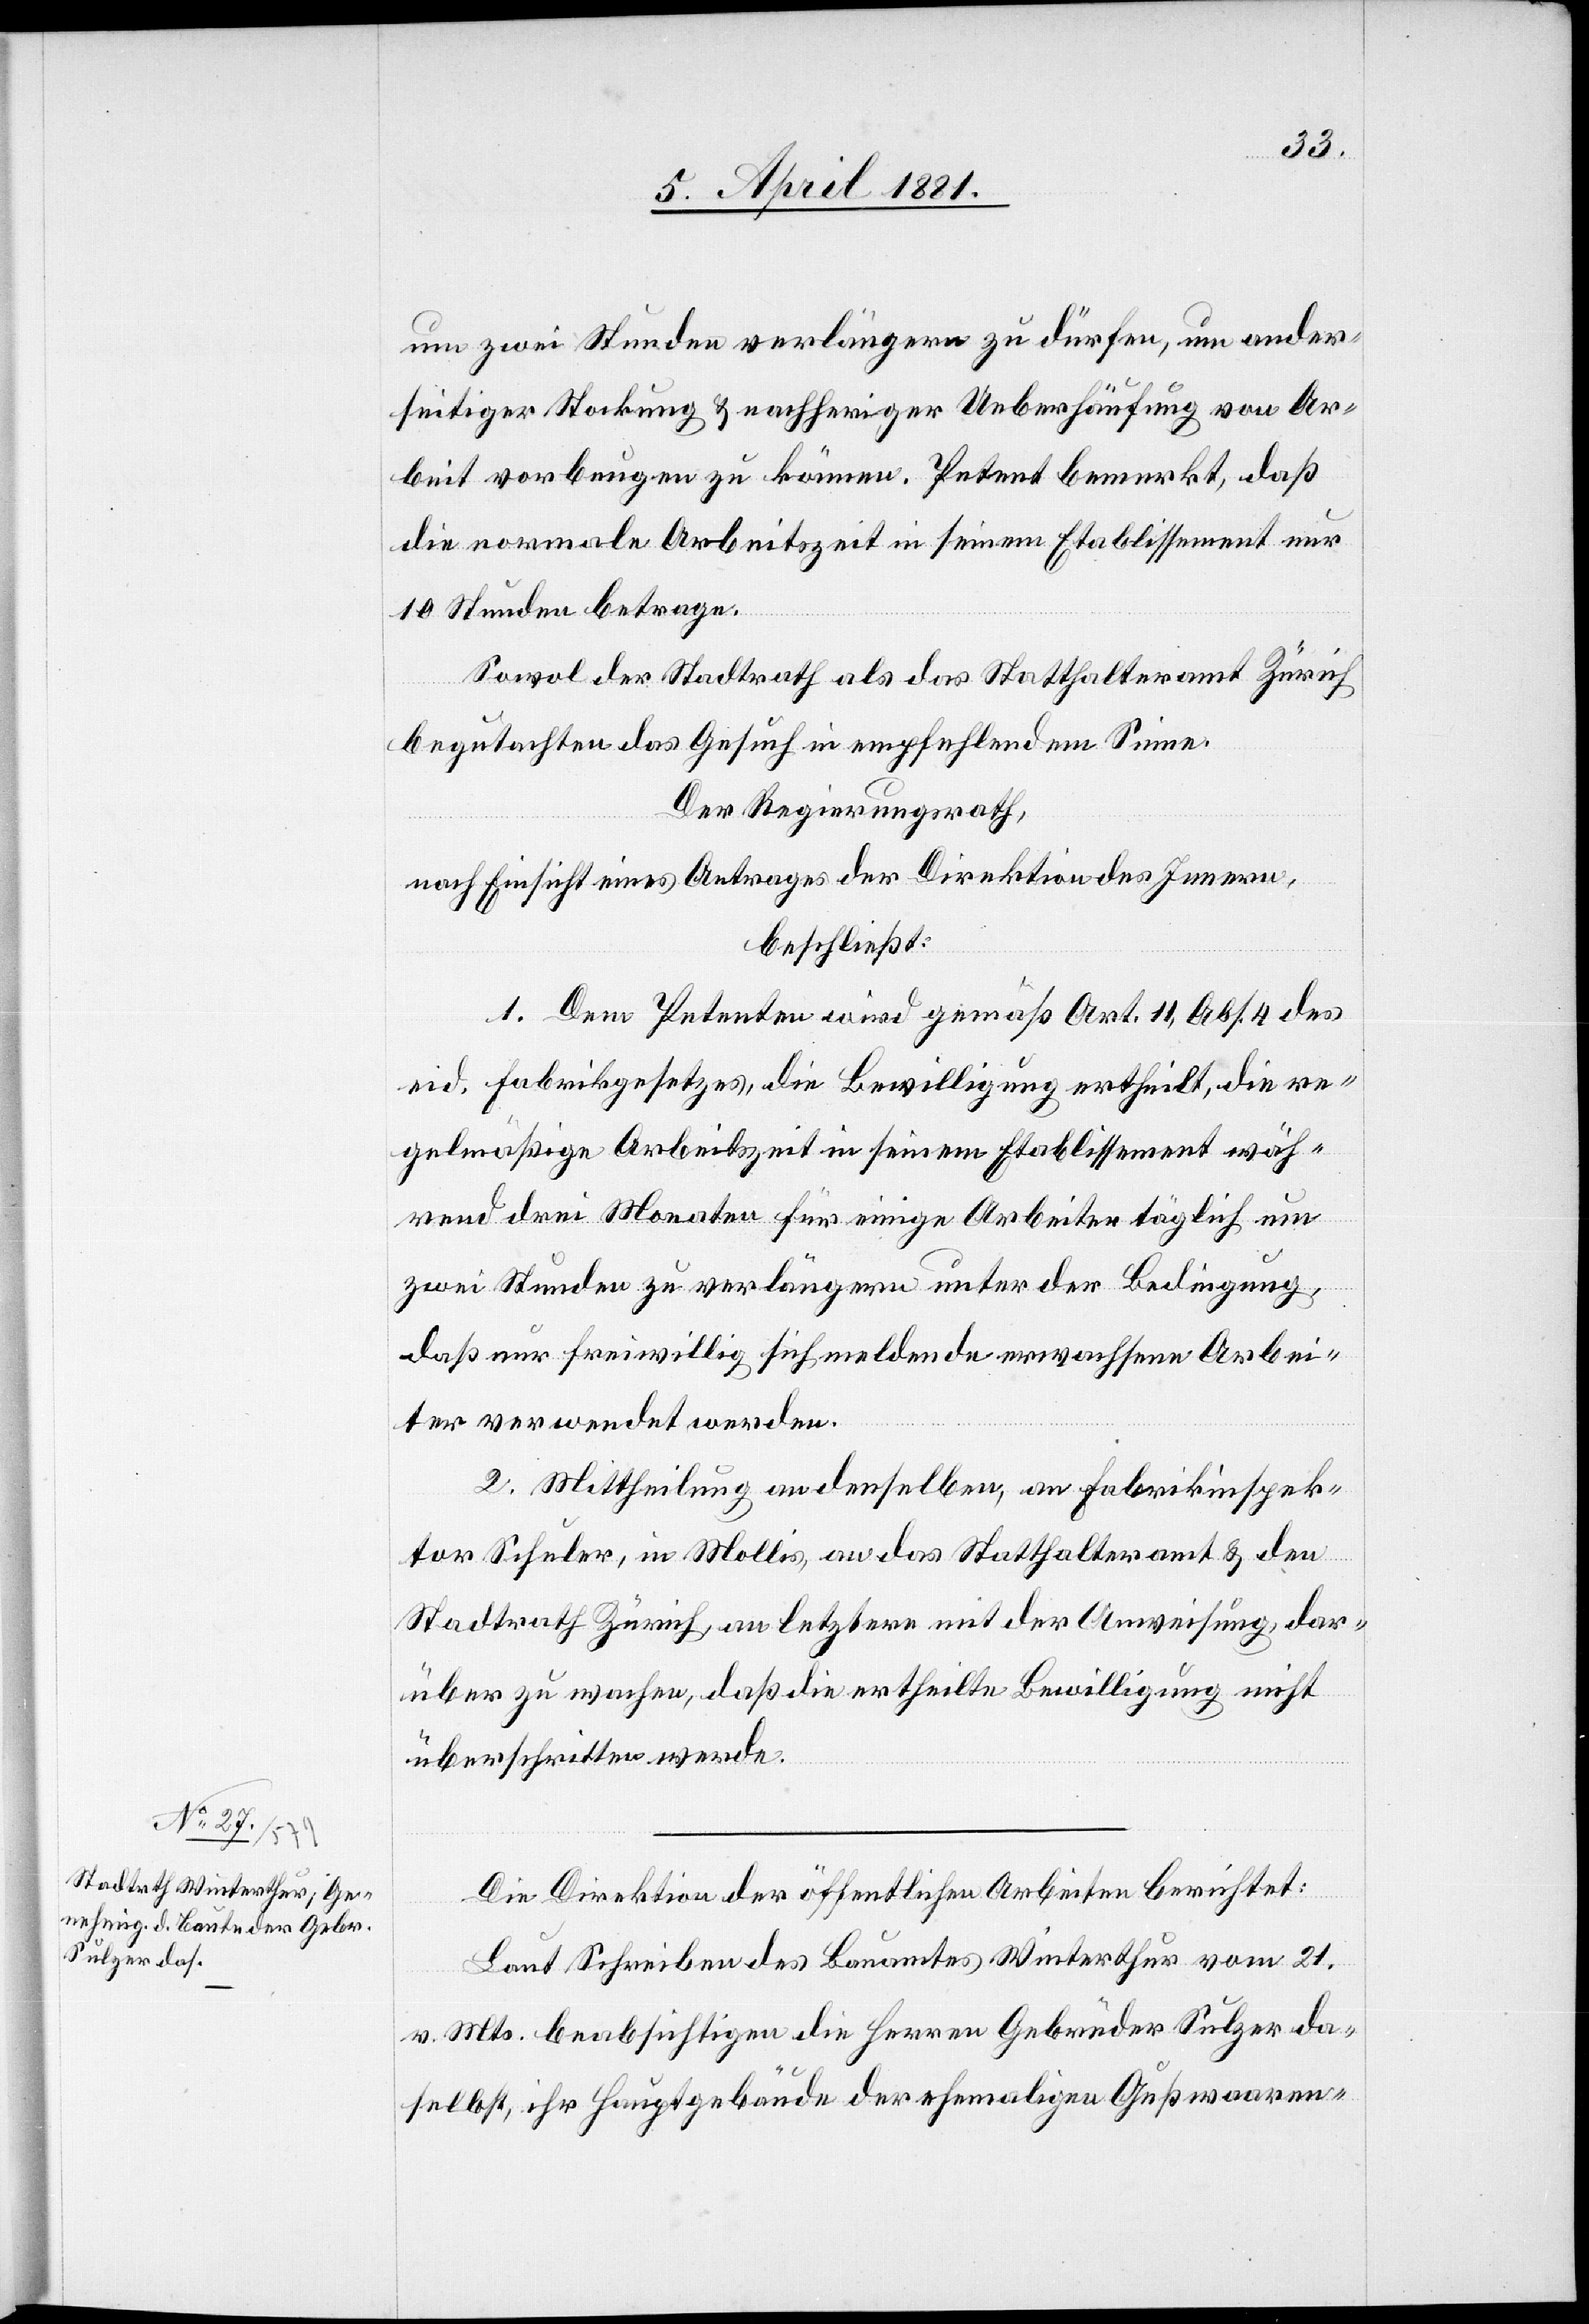
um zwei Stunden verlängern zu dürfen, um ander¬
seitiger Stockung & nachheriger Ueberhäufung von Ar¬
beit vorbeugen zu können. Petent bemerkt, daß
die normale Arbeitszeit in seinem Etablissement nur
10 Stunden betrage.
Sowol der Stadtrath als das Statthalteramt Zürich
begutachten das Gesuch in empfehlendem Sinne.
Der Regierungsrath,
nach Einsicht eines Antrages der Direktion des Innern,
beschließt:
1. Dem Petenten wird gemäß Art. 11, Abs. 4 des
eid. Fabrikgesetzes, die Bewilligung ertheilt, die re¬
gelmäßige Arbeitszeit in seinem Etablissement wäh¬
rend drei Monaten für einige Arbeiter täglich um
zwei Stunden zu verlängern unter der Bedingung,
daß nur freiwillig sich meldende erwachsene Arbei¬
ter verwendet werden
2. Mittheilung an denselben, an Fabrikinspek¬
tor Schuler, in Mollis, an das Statthalteramt & den
Stadtrath Zürich, an letztere mit der Anweisung, dar¬
über zu wachen, daß die ertheilte Bewilligung nicht
überschritten werde.
Die Direktion der öffentlichen Arbeiten berichtet:
Laut Schreiben des Bauamtes Winterthur vom 21.
v. Mts. beabsichtigen die Herren Gebrüder Sulzer da¬
selbst, ihr Hauptgebäude der ehemaligen Gußwaaren-